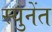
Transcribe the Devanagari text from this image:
स्युनेंत